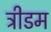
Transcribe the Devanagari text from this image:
ट्रीडम